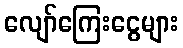
လျော်ကြေးငွေများ